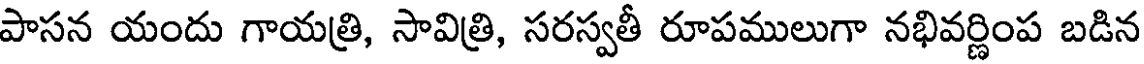
పాసన యందు గాయత్రి, సావిత్రి, సరస్వతీ రూపములుగా నభివర్ణింప బడిన